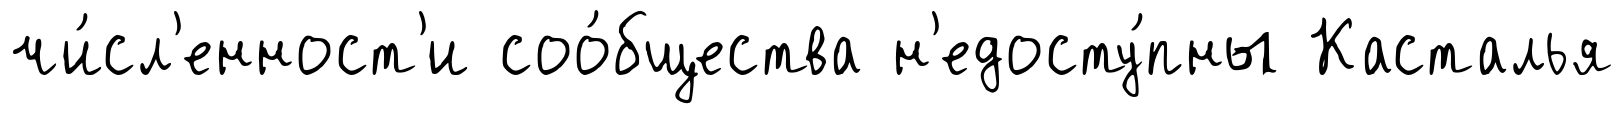
чи́сл'енност'и соо́бщества н'едосту́пны Касталья